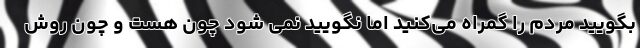
بگویید مردم را گمراه می‌کنید اما نگویید نمی شود چون هست و چون روش